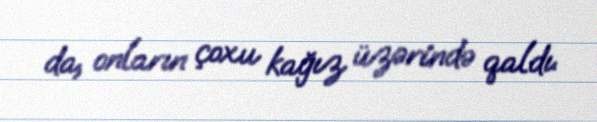
da, onların çoxu kağız üzərində qaldı.